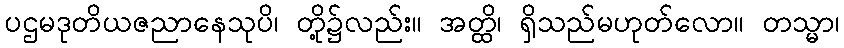
ပဌမဒုတိယဇညာနေသုပိ၊ တို့၌လည်း။ အတ္ထိ၊ ရှိသည်မဟုတ်လော။ တသ္မာ၊